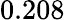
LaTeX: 0.208